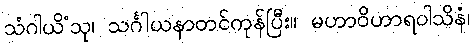
သံဂါယိံသု၊ သင်္ဂါယနာတင်ကုန်ပြီး။ မဟာဝိဟာရဝါသိနံ၊